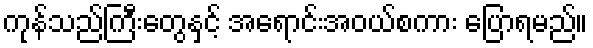
ကုန်သည်ကြီးတွေနှင့် အရောင်းအဝယ်စကား ပြောရမည်။